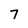
Character: 7